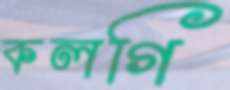
কলগি